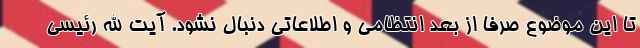
تا این موضوع صرفا از بعد انتظامی و اطلاعاتی دنبال نشود. آیت الله رئیسی